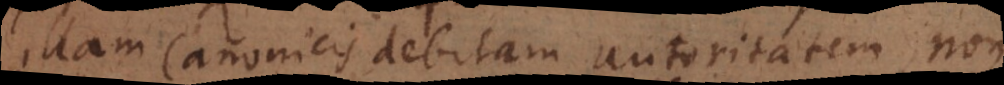
illam Canonicis debitam autoritatem non